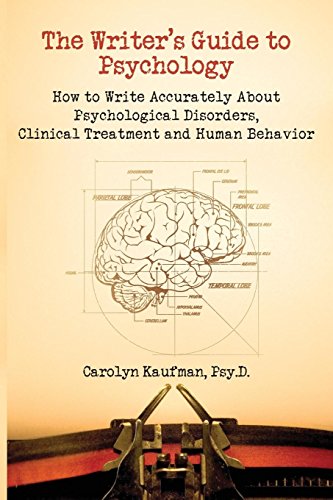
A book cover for Writer's Guide to Psychology: How to Write Accurately About Psychological Disorders, Clinical Treatment and Human Behavior; Carolyn Kaufman; Medical Books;